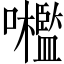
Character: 𡅋